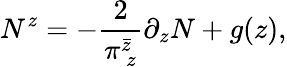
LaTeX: N^{z}=-\frac{2}{\pi_{~z}^{\bar{z}}}\partial_{z}N+g(z),